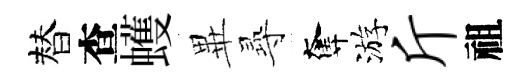
替查蠖𭺾𡬶奪游斤祖